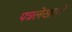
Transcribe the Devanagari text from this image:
पत्रलेखकों